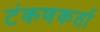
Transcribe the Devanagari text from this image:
टंकणकर्ता